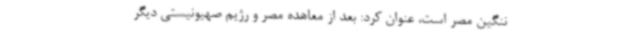
ننگین مصر است، عنوان کرد: بعد از معاهده مصر و رژیم صهیونیستی دیگر